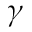
\gamma